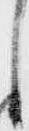
し